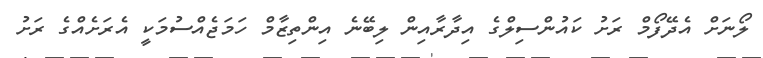
ލޯނަށް އެދޭފޯމް ރަށު ކައުންސިލްގެ އިދާރާއިން ލިބޭނެ އިންތިޒާމް ހަމަޖެއްސުމަކީ އެރަށެއްގެ ރަށު